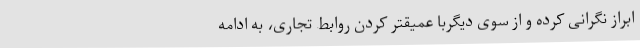
ابراز نگرانی کرده و از سوی دیگربا عمیقتر کردن روابط تجاری، به ادامه